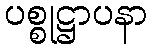
ပစ္စုဋ္ဌာပနာ